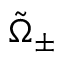
\tilde { \Omega } _ { \pm }